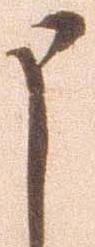
申